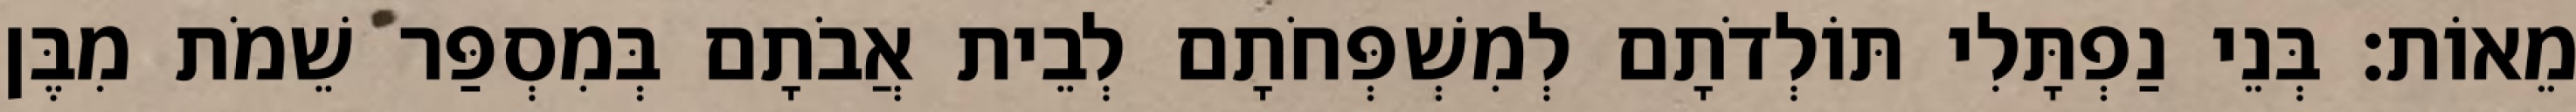
מֵאוֹת׃ בְּנֵי נַפְתָּלִי תּוֹלְדֹתָם לְמִשְׁפְּחֹתָם לְבֵית אֲבֹתָם בְּמִסְפַּר שֵׁמֹת מִבֶּן